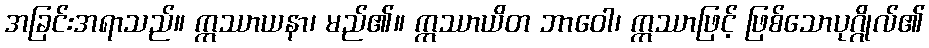
အခြင်းအရာသည်။ ဣဿာယနာ၊ မည်၏။ ဣဿာယိတ ဘာဝေါ၊ ဣဿာဖြင့် ဖြစ်သောပုဂ္ဂိုလ်၏